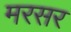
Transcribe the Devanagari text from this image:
मरसर